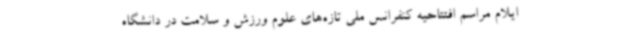
ایلام مراسم افتتاحیه کنفرانس ملی تازه‌های علوم ورزش و سلامت در دانشگاه